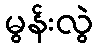
မွန်းလွဲ